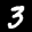
Label: 3